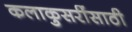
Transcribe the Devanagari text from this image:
कलाकुसरींसाठी